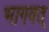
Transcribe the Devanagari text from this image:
भागवत्‌